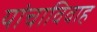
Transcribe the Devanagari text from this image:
यांचाविवाह